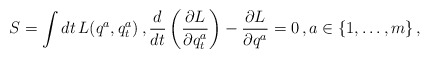
\begin{align*}S=\int dt \, L(q^a,q^a_t)\,, \frac{d}{dt} \left(\frac{\partial L}{\partial q^a_t}\right) - \frac{\partial L}{\partial q^a}=0\,,a\in \{1,\ldots,m\}\,,\end{align*}